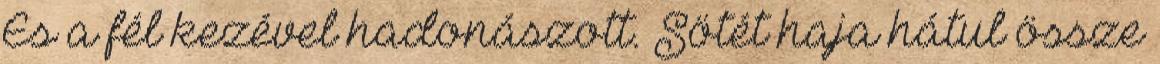
És a fél kezével hadonászott. Sötét haja hátul össze